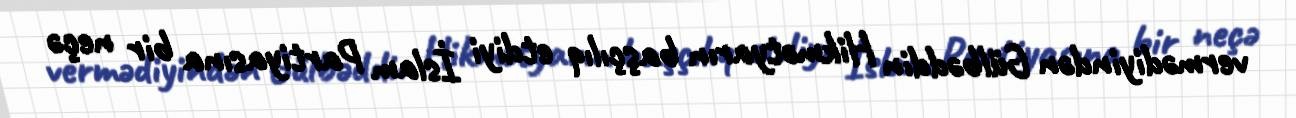
vermədiyindən Gülbəddin Hikmətyarın başçılıq etdiyi İslam Partiyasına bir neçə